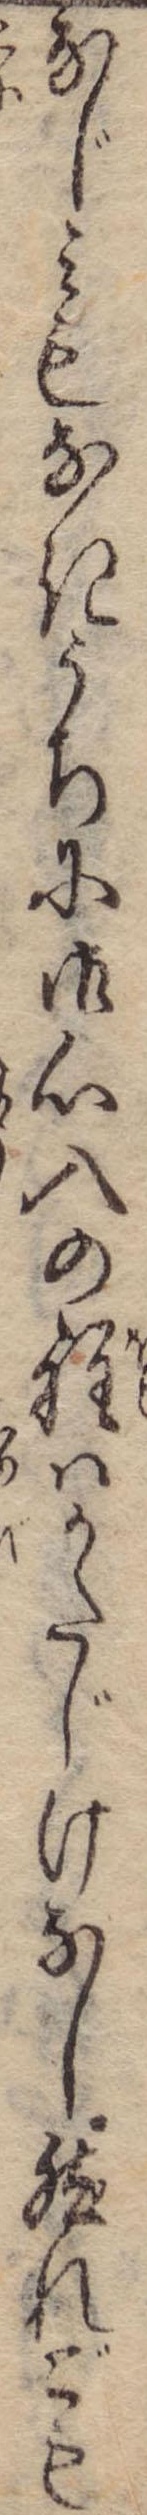
なじみもなきうちに御心入の程はかたじけなし然れども